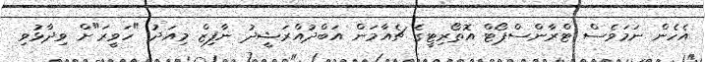
އެހެން ނަމަވެސް ޓްރާންސްޕޯޓް އޮތޯރިޓީގެ ޗެއާމަން އަބްދުއްރަޝީދު ނާފިޒް މިއަދު "ހަވީރަ"ށް ވިދާޅުވި